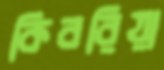
কিবরিয়া